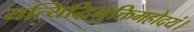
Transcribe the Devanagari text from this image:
यत्यिद्धिमुक्तिमहोदयं।